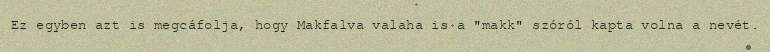
Ez egyben azt is megcáfolja, hogy Makfalva valaha is a "makk" szóról kapta volna a nevét.